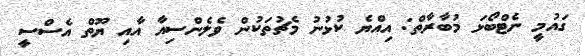
ގައުމީ ނެޓްބޯޅަ މުބާރާތް: އިއްޔެ ކުޅުނު މެޗުތަކުން ވެލެންސިއާ އާއި ޔޫތް އެސްސީ